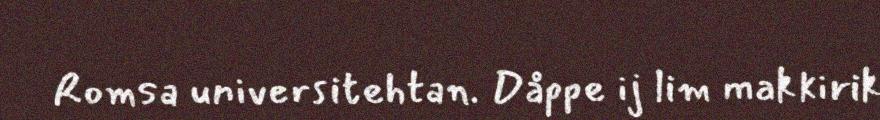
Romsa universitehtan. Dåppe ij lim makkirik